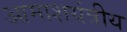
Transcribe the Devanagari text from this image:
आमाशयंत्रीय